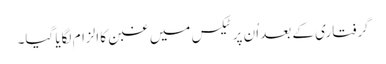
گرفتاری کے بعد اُن پر ٹیکس میں غبن کا الزام لگایا گیا۔